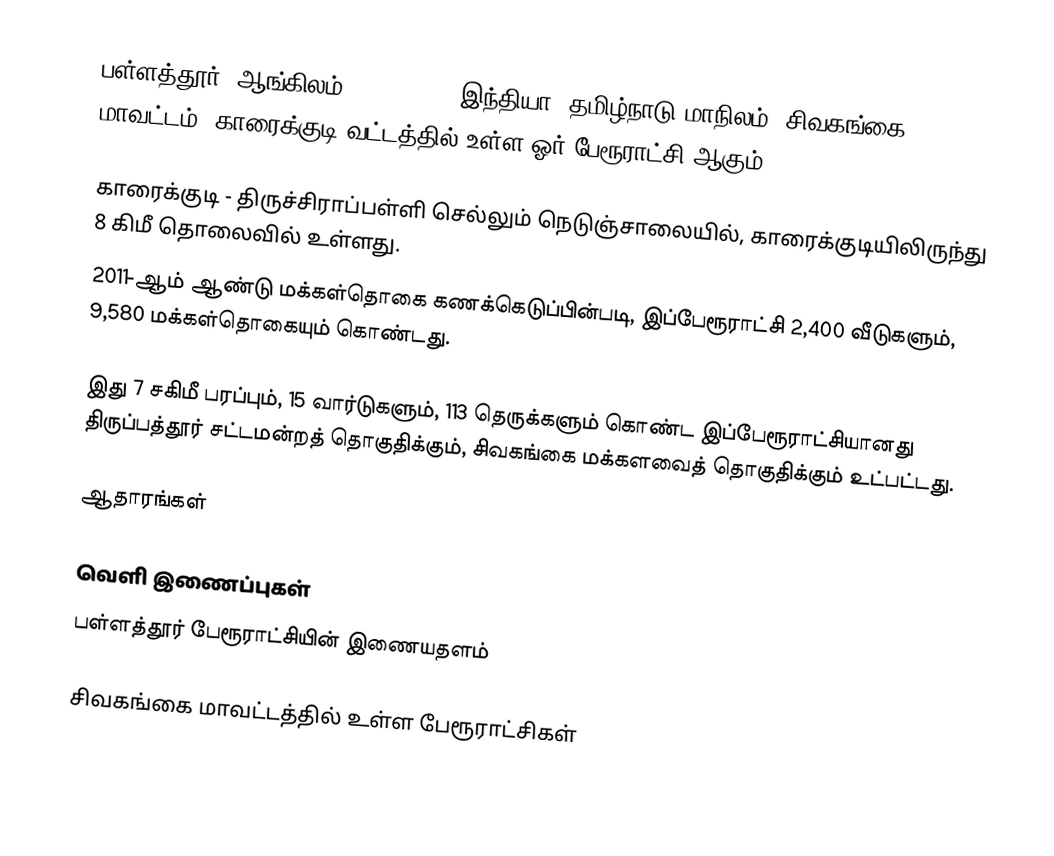
பள்ளத்தூர் (ஆங்கிலம்:Pallathur), இந்தியா, தமிழ்நாடு மாநிலம், சிவகங்கை மாவட்டம், காரைக்குடி வட்டத்தில் உள்ள ஓர் பேரூராட்சி ஆகும்.

காரைக்குடி - திருச்சிராப்பள்ளி செல்லும் நெடுஞ்சாலையில், காரைக்குடியிலிருந்து 8 கிமீ தொலைவில் உள்ளது.
2011-ஆம் ஆண்டு மக்கள்தொகை கணக்கெடுப்பின்படி,   இப்பேரூராட்சி 2,400    வீடுகளும்,             9,580  மக்கள்தொகையும் கொண்டது.

இது 7 சகிமீ பரப்பும்,         15 வார்டுகளும், 113 தெருக்களும் கொண்ட  இப்பேரூராட்சியானது  திருப்பத்தூர்  சட்டமன்றத் தொகுதிக்கும், சிவகங்கை மக்களவைத் தொகுதிக்கும் உட்பட்டது.

ஆதாரங்கள்

வெளி இணைப்புகள்
பள்ளத்தூர் பேரூராட்சியின் இணையதளம்

சிவகங்கை மாவட்டத்தில் உள்ள பேரூராட்சிகள்